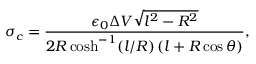
\sigma _ { c } = \frac { \epsilon _ { 0 } \Delta V \sqrt { l ^ { 2 } - R ^ { 2 } } } { 2 R \cosh ^ { - 1 } ( l / R ) \, ( l + R \cos \theta ) } ,